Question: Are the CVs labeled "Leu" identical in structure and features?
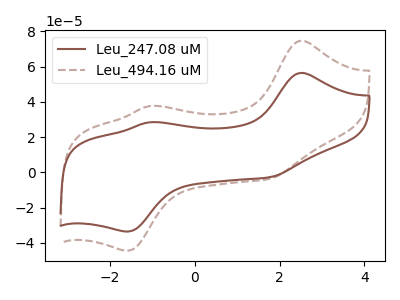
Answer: <think>The brown curve "Leu_247.08 uM" has anodic peaks at (2.50V, 56.40uA) (-1.05V, 28.45uA) and cathodic peaks at (1.75V, -2.80uA) (-1.60V, -33.65uA). The brown dashed curve "Leu_494.16 uM" has anodic peaks at (2.50V, 74.70uA) (-1.05V, 37.65uA) and cathodic peaks at (1.75V, -3.70uA) (-1.60V, -44.55uA).
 All the peaks in "Leu_247.08 uM" have a peak in "Leu_494.16 uM" at the same potential. Every peak in "Leu_247.08 uM" is lower than every peak in "Leu_494.16 uM".</think>
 <answer>All the CV's of "Leu" have similar shape.</answer>
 <eval>follow_rule</eval>